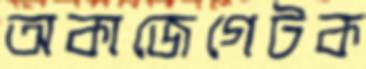
অকাজেগেটক